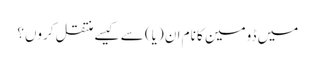
میں ڈومین کا نام ان (یا) سے کیسے منتقل کروں؟